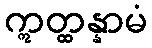
ဣတ္ထန္နာမံ